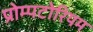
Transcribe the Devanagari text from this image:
प्रोम्पटोरियम